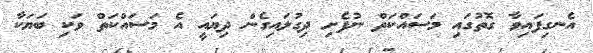
އެނގިފައިވާ ގޮތުގައި މަސައްކަތް ނުފެށި ދިގުލައިގެން ދިޔައީ އެ މަސައްކަތް ވަކި ބަޔަކާ